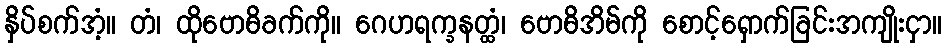
နှိပ်စက်အံ့။ တံ၊ ထိုဗောဓိခက်ကို။ ဂေဟရက္ခနတ္ထံ၊ ဗောဓိအိမ်ကို စောင့်ရှောက်ခြင်းအကျိုးငှာ။